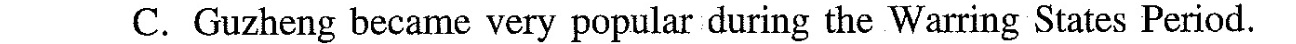
C. Guzheng became very popular during the Warring States Period.